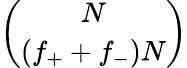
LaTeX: \binom{N}{(f_{+}+f_{-})N}